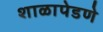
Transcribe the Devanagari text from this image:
शाळापेडणे